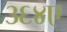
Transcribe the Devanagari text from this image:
३६४ए